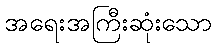
အရေးအကြီးဆုံးသော